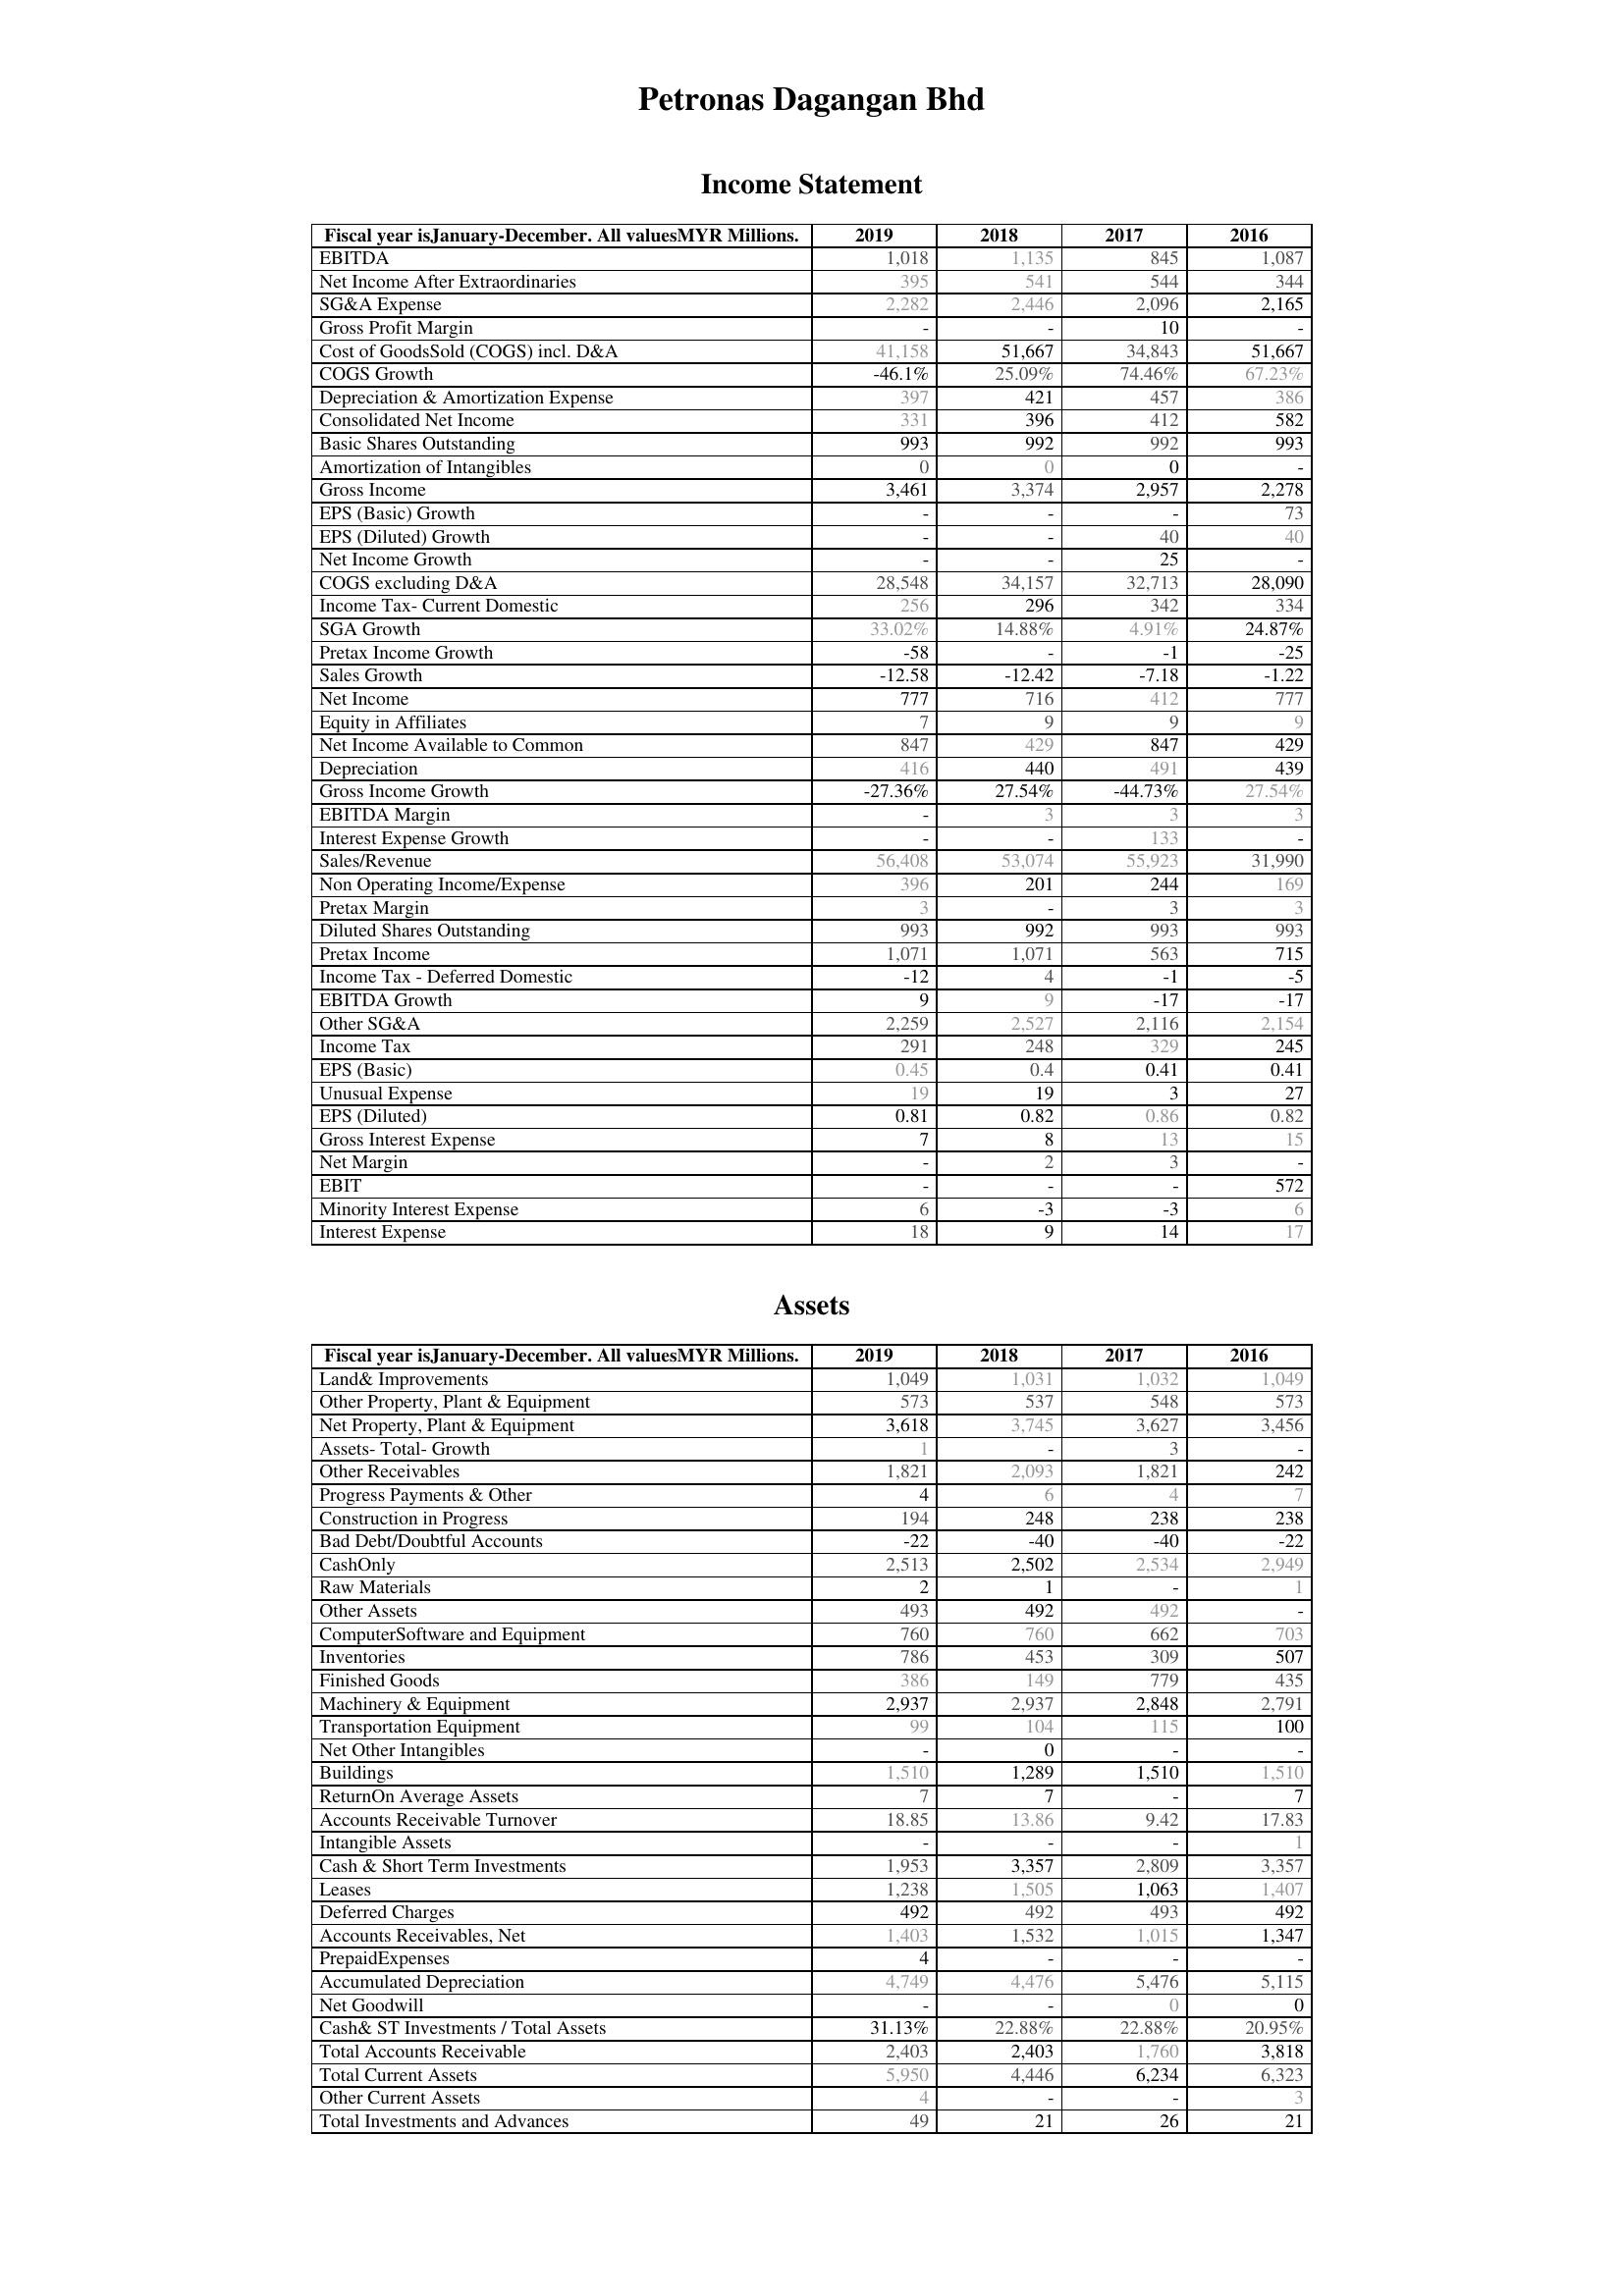
2019: Income Statement: EBITDA: 1,018
Net Income After Extraordinaries: 395
SG&A Expense: 2,282
Gross Profit Margin: -
Cost of GoodsSold (COGS) incl. D&A: 41,158
COGS Growth: -46.1%
Depreciation & Amortization Expense: 397
Consolidated Net Income: 331
Basic Shares Outstanding: 993
Amortization of Intangibles: 0
Gross Income: 3,461
EPS (Basic) Growth: -
EPS (Diluted) Growth: -
Net Income Growth: -
COGS excluding D&A: 28,548
Income Tax- Current Domestic: 256
SGA Growth: 33.02%
Pretax Income Growth: -58
Sales Growth: -12.58
Net Income: 777
Equity in Affiliates: 7
Net Income Available to Common: 847
Depreciation: 416
Gross Income Growth: -27.36%
EBITDA Margin: -
Interest Expense Growth: -
Sales/Revenue: 56,408
Non Operating Income/Expense: 396
Pretax Margin: 3
Diluted Shares Outstanding: 993
Pretax Income: 1,071
Income Tax - Deferred Domestic: -12
EBITDA Growth: 9
Other SG&A: 2,259
Income Tax: 291
EPS (Basic): 0.45
Unusual Expense: 19
EPS (Diluted): 0.81
Gross Interest Expense: 7
Net Margin: -
EBIT: -
Minority Interest Expense: 6
Interest Expense: 18
Assets: Land& Improvements: 1,049
Other Property, Plant & Equipment: 573
Net Property, Plant & Equipment: 3,618
Assets- Total- Growth: 1
Other Receivables: 1,821
Progress Payments & Other: 4
Construction in Progress: 194
Bad Debt/Doubtful Accounts: -22
CashOnly: 2,513
Raw Materials: 2
Other Assets: 493
ComputerSoftware and Equipment: 760
Inventories: 786
Finished Goods: 386
Machinery & Equipment: 2,937
Transportation Equipment: 99
Net Other Intangibles: -
Buildings: 1,510
ReturnOn Average Assets: 7
Accounts Receivable Turnover: 18.85
Intangible Assets: -
Cash & Short Term Investments: 1,953
Leases: 1,238
Deferred Charges: 492
Accounts Receivables, Net: 1,403
PrepaidExpenses: 4
Accumulated Depreciation: 4,749
Net Goodwill: -
Cash& ST Investments / Total Assets: 31.13%
Total Accounts Receivable: 2,403
Total Current Assets: 5,950
Other Current Assets: 4
Total Investments and Advances: 49
2018: Income Statement: EBITDA: 1,135
Net Income After Extraordinaries: 541
SG&A Expense: 2,446
Gross Profit Margin: -
Cost of GoodsSold (COGS) incl. D&A: 51,667
COGS Growth: 25.09%
Depreciation & Amortization Expense: 421
Consolidated Net Income: 396
Basic Shares Outstanding: 992
Amortization of Intangibles: 0
Gross Income: 3,374
EPS (Basic) Growth: -
EPS (Diluted) Growth: -
Net Income Growth: -
COGS excluding D&A: 34,157
Income Tax- Current Domestic: 296
SGA Growth: 14.88%
Pretax Income Growth: -
Sales Growth: -12.42
Net Income: 716
Equity in Affiliates: 9
Net Income Available to Common: 429
Depreciation: 440
Gross Income Growth: 27.54%
EBITDA Margin: 3
Interest Expense Growth: -
Sales/Revenue: 53,074
Non Operating Income/Expense: 201
Pretax Margin: -
Diluted Shares Outstanding: 992
Pretax Income: 1,071
Income Tax - Deferred Domestic: 4
EBITDA Growth: 9
Other SG&A: 2,527
Income Tax: 248
EPS (Basic): 0.4
Unusual Expense: 19
EPS (Diluted): 0.82
Gross Interest Expense: 8
Net Margin: 2
EBIT: -
Minority Interest Expense: -3
Interest Expense: 9
Assets: Land& Improvements: 1,031
Other Property, Plant & Equipment: 537
Net Property, Plant & Equipment: 3,745
Assets- Total- Growth: -
Other Receivables: 2,093
Progress Payments & Other: 6
Construction in Progress: 248
Bad Debt/Doubtful Accounts: -40
CashOnly: 2,502
Raw Materials: 1
Other Assets: 492
ComputerSoftware and Equipment: 760
Inventories: 453
Finished Goods: 149
Machinery & Equipment: 2,937
Transportation Equipment: 104
Net Other Intangibles: 0
Buildings: 1,289
ReturnOn Average Assets: 7
Accounts Receivable Turnover: 13.86
Intangible Assets: -
Cash & Short Term Investments: 3,357
Leases: 1,505
Deferred Charges: 492
Accounts Receivables, Net: 1,532
PrepaidExpenses: -
Accumulated Depreciation: 4,476
Net Goodwill: -
Cash& ST Investments / Total Assets: 22.88%
Total Accounts Receivable: 2,403
Total Current Assets: 4,446
Other Current Assets: -
Total Investments and Advances: 21
2017: Income Statement: EBITDA: 845
Net Income After Extraordinaries: 544
SG&A Expense: 2,096
Gross Profit Margin: 10
Cost of GoodsSold (COGS) incl. D&A: 34,843
COGS Growth: 74.46%
Depreciation & Amortization Expense: 457
Consolidated Net Income: 412
Basic Shares Outstanding: 992
Amortization of Intangibles: 0
Gross Income: 2,957
EPS (Basic) Growth: -
EPS (Diluted) Growth: 40
Net Income Growth: 25
COGS excluding D&A: 32,713
Income Tax- Current Domestic: 342
SGA Growth: 4.91%
Pretax Income Growth: -1
Sales Growth: -7.18
Net Income: 412
Equity in Affiliates: 9
Net Income Available to Common: 847
Depreciation: 491
Gross Income Growth: -44.73%
EBITDA Margin: 3
Interest Expense Growth: 133
Sales/Revenue: 55,923
Non Operating Income/Expense: 244
Pretax Margin: 3
Diluted Shares Outstanding: 993
Pretax Income: 563
Income Tax - Deferred Domestic: -1
EBITDA Growth: -17
Other SG&A: 2,116
Income Tax: 329
EPS (Basic): 0.41
Unusual Expense: 3
EPS (Diluted): 0.86
Gross Interest Expense: 13
Net Margin: 3
EBIT: -
Minority Interest Expense: -3
Interest Expense: 14
Assets: Land& Improvements: 1,032
Other Property, Plant & Equipment: 548
Net Property, Plant & Equipment: 3,627
Assets- Total- Growth: 3
Other Receivables: 1,821
Progress Payments & Other: 4
Construction in Progress: 238
Bad Debt/Doubtful Accounts: -40
CashOnly: 2,534
Raw Materials: -
Other Assets: 492
ComputerSoftware and Equipment: 662
Inventories: 309
Finished Goods: 779
Machinery & Equipment: 2,848
Transportation Equipment: 115
Net Other Intangibles: -
Buildings: 1,510
ReturnOn Average Assets: -
Accounts Receivable Turnover: 9.42
Intangible Assets: -
Cash & Short Term Investments: 2,809
Leases: 1,063
Deferred Charges: 493
Accounts Receivables, Net: 1,015
PrepaidExpenses: -
Accumulated Depreciation: 5,476
Net Goodwill: 0
Cash& ST Investments / Total Assets: 22.88%
Total Accounts Receivable: 1,760
Total Current Assets: 6,234
Other Current Assets: -
Total Investments and Advances: 26
2016: Income Statement: EBITDA: 1,087
Net Income After Extraordinaries: 344
SG&A Expense: 2,165
Gross Profit Margin: -
Cost of GoodsSold (COGS) incl. D&A: 51,667
COGS Growth: 67.23%
Depreciation & Amortization Expense: 386
Consolidated Net Income: 582
Basic Shares Outstanding: 993
Amortization of Intangibles: -
Gross Income: 2,278
EPS (Basic) Growth: 73
EPS (Diluted) Growth: 40
Net Income Growth: -
COGS excluding D&A: 28,090
Income Tax- Current Domestic: 334
SGA Growth: 24.87%
Pretax Income Growth: -25
Sales Growth: -1.22
Net Income: 777
Equity in Affiliates: 9
Net Income Available to Common: 429
Depreciation: 439
Gross Income Growth: 27.54%
EBITDA Margin: 3
Interest Expense Growth: -
Sales/Revenue: 31,990
Non Operating Income/Expense: 169
Pretax Margin: 3
Diluted Shares Outstanding: 993
Pretax Income: 715
Income Tax - Deferred Domestic: -5
EBITDA Growth: -17
Other SG&A: 2,154
Income Tax: 245
EPS (Basic): 0.41
Unusual Expense: 27
EPS (Diluted): 0.82
Gross Interest Expense: 15
Net Margin: -
EBIT: 572
Minority Interest Expense: 6
Interest Expense: 17
Assets: Land& Improvements: 1,049
Other Property, Plant & Equipment: 573
Net Property, Plant & Equipment: 3,456
Assets- Total- Growth: -
Other Receivables: 242
Progress Payments & Other: 7
Construction in Progress: 238
Bad Debt/Doubtful Accounts: -22
CashOnly: 2,949
Raw Materials: 1
Other Assets: -
ComputerSoftware and Equipment: 703
Inventories: 507
Finished Goods: 435
Machinery & Equipment: 2,791
Transportation Equipment: 100
Net Other Intangibles: -
Buildings: 1,510
ReturnOn Average Assets: 7
Accounts Receivable Turnover: 17.83
Intangible Assets: 1
Cash & Short Term Investments: 3,357
Leases: 1,407
Deferred Charges: 492
Accounts Receivables, Net: 1,347
PrepaidExpenses: -
Accumulated Depreciation: 5,115
Net Goodwill: 0
Cash& ST Investments / Total Assets: 20.95%
Total Accounts Receivable: 3,818
Total Current Assets: 6,323
Other Current Assets: 3
Total Investments and Advances: 21